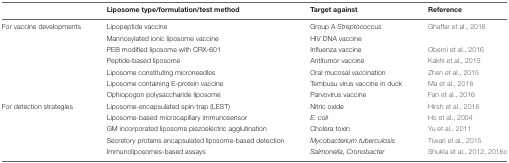
|  | Liposome type/formulation/test method | Target against | Reference |
 | --- | --- | --- | --- |
 | For vaccine developments | Lipopeptide vaccine | Group A Streptococcus | Ghaffar et al., 2016 |
 |  | Mannosylated ionic liposome vaccine | HIV DNA vaccine |  |
 |  | PEB modified liposome with CRX-601 | Influenza vaccine | Oberoi et al., 2016 |
 |  | Peptide-based liposome | Antitumor vaccine | Kakhi et al., 2015 |
 |  | Liposome constituting microneedles | Oral mucosal vaccination | Zhen et al., 2015 |
 |  | Liposome containing E-protein vaccine | Tembusu virus vaccine in duck | Ma et al., 2016 |
 |  | Ophiopogon polysaccharide liposome | Parvovirus vaccine | Fan et al., 2016 |
 | For detection strategies | Liposome-encapsulated spin-trap (LEST) | Nitric oxide | Hirsh et al., 2016 |
 |  | Liposome-based microcapillary immunosensor | E. coli | Ho et al., 2004 |
 |  | GM incorporated liposome piezoelectric agglutination | Cholera toxin | Yu et al., 2011 |
 |  | Secretory proteins encapsulated liposome-based detection | Mycobacterium tuberculosis | Tiwari et al., 2015 |
 |  | Immunoliposomes-based assays | Salmonella, Cronobacter | Shukla et al., 2012, 2016c |